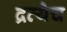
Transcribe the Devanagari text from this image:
द्रव्येच